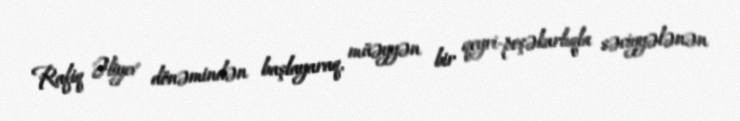
Rafiq Əliyev dönəmindən başlayaraq, müəyyən bir qeyri-peşəkarlıqla səciyyələnən